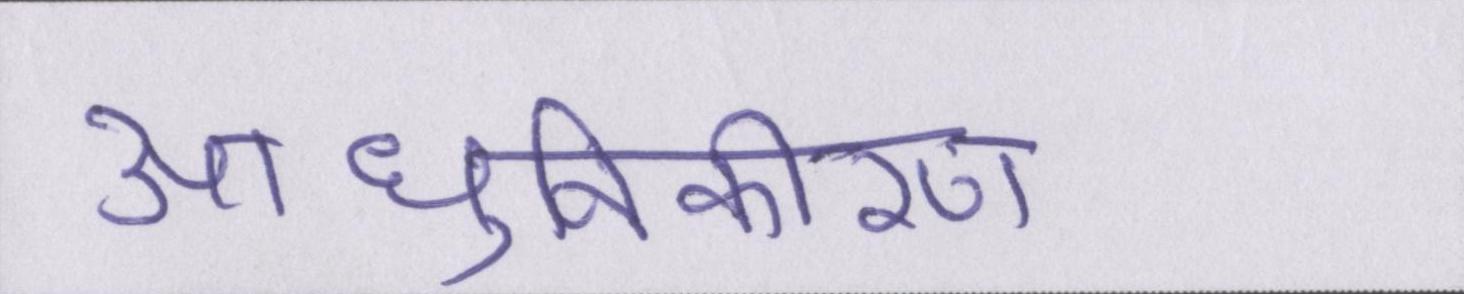
आधुनिकीकरण